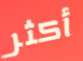
أكثر